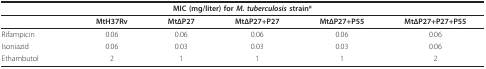
<table><thead><tr><td colspan="6"><b>MIC (mg/liter) for <i>M. tuberculosis </i>strain*</b></td></tr></thead><tbody><tr><td></td><td><b>MtH37Rv</b></td><td><b>MtΔP27</b></td><td><b>MtΔP27+P27</b></td><td><b>MtΔP27+P55</b></td><td><b>MtΔP27+P27+P55</b></td></tr><tr><td>Rifampicin</td><td>0.06</td><td>0.06</td><td>0.06</td><td>0.06</td><td>0.06</td></tr><tr><td>Isoniazid</td><td>0.06</td><td>0.03</td><td>0.03</td><td>0.03</td><td>0.06</td></tr><tr><td>Ethambutol</td><td>2</td><td>1</td><td>1</td><td>1</td><td>2</td></tr></tbody></table>